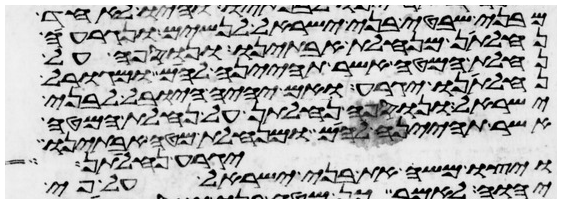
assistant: מבני שבטי בני ישראל לנשים ונגרעה
נחלתן מנחלת אבתינו ונוספה על
נחלת המטה אשר תהיינה להם ומגורל
נחלתנו יגרע ואם יהיה היובל לבני
ישראל ונוספה נחלתן על נחלת המטה
אשר תהיינה להם ומנחלת מטה אבתינו
ויצו משה את בני ישראל על פי
יגרע נחלתן